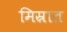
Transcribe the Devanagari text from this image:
मिस्रात